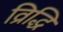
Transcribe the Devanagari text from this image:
व्रिद्धि